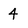
Character: 4